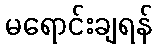
မရောင်းချရန်